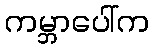
ကမ္ဘာပေါ်က